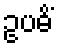
ဥပဓိံ